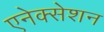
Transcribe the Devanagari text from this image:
एनेक्सेशन